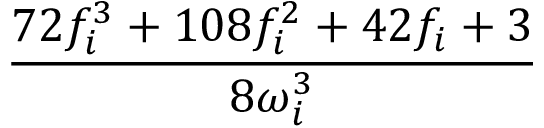
\frac { 7 2 f _ { i } ^ { 3 } + 1 0 8 f _ { i } ^ { 2 } + 4 2 f _ { i } + 3 } { 8 \omega _ { i } ^ { 3 } }